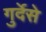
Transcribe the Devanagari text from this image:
गुर्देसे